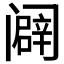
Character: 𰿾